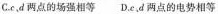
C.c，d两点的场强相等 D.c、d两点的电势相等